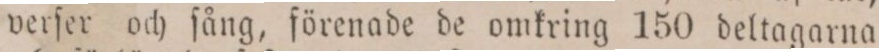
verſer och ſång, förenade de omkring 150 deltagarna